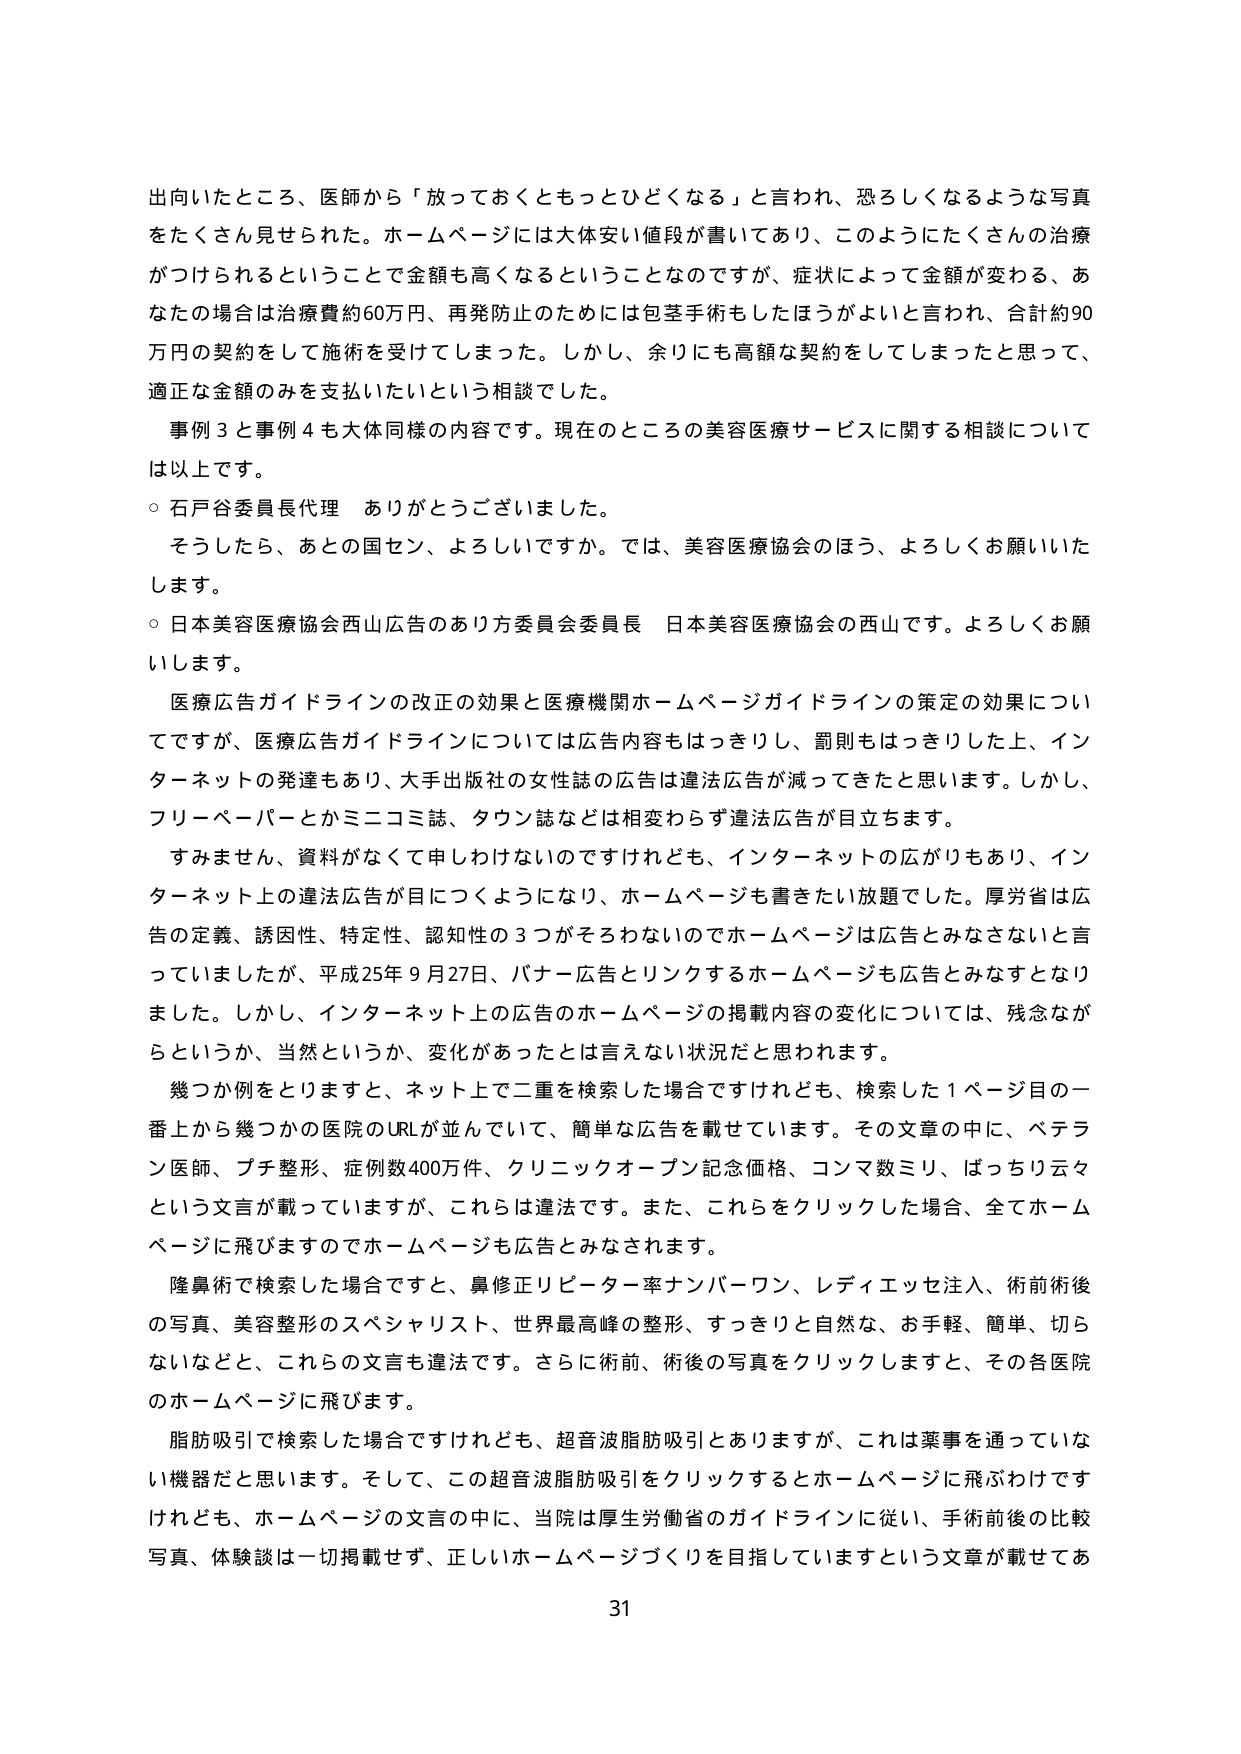
出向いたところ、医師から「放っておくともっとひどくなる」と言われ、恐ろしくなるような写真をたくさん見せられた。ホームページには大体安い値段が書いてあり、このようにたくさんの治療がつけられるということで金額も高くなるということのですが、症状によって金額が変わる、あなたの場合は治療費約60万円、再発防止のためには包茎手術もしたほうがよいと言われ、合計約90万円の契約をして施術を受けてしまった。しかし、余りにも高額な契約をしてしまったと思って、適正な金額のみを支払いたいという相談でした。

事例3と事例4も大体同様の内容です。現在のところの美容医療サービスに関する相談については以上です。

○ 石戸谷委員長代理　ありがとうございました。

そうしたら、あとの国セン、よろしいですか。では、美容医療協会のほう、よろしくお願いいたします。

○ 日本美容医療協会西山広告のあり方委員会委員長　日本美容医療協会の西山です。よろしくお願いします。

医療広告ガイドラインの改正の効果と医療機関ホームページガイドラインの策定の効果についてですが、医療広告ガイドラインについては広告内容もはっきりし、罰則もはっきりした上、インターネットの発達もあり、大手出版社の女性誌の広告は違法広告が減ってきたと思います。しかし、フリーペーパーとかミニコミ誌、タウン誌などは相変わらず違法広告が目立ちます。

すみません、資料がなくて申しわけないのですがけれども、インターネットの広がりもあり、インターネット上の違法広告が目につくようになり、ホームページも書きたい放題でした。厚労省は広告の定義、誘因性、特定性、認知性の3つがそろわないのでホームページは広告とみなさないと言っていましたが、平成25年9月27日、バナー広告とリンクするホームページも広告とみなすとなりました。しかし、インターネット上の広告のホームページの掲載内容の変化については、残念ながらというか、当然というか、変化があったとは言えない状況だと思われます。

幾つか例をとりまると、ネット上で二重を検索した場合ですけれども、検索した1ページ目の一番上から幾つかの医院のURLが並んでいて、簡単な広告を載せています。その文章の中に、ベテラン医師、プチ整形、症例数400万件、クリニックオープン記念価格、コンマ数ミリ、ばっちり云々という文言が載っていますが、これらは違法です。また、これらをクリックした場合、全てホームページに飛びますのでホームページも広告とみなされます。

隆鼻術で検索した場合ですと、鼻修正リピーター率ナンバーワン、レディエッセ注入、術前術後の写真、美容整形のスペシャリスト、世界最高峰の整形、すっきりと自然な、お手軽、簡単、切らないなどと、これらの文言も違法です。さらに術前、術後の写真をクリックしますと、その各医院のホームページに飛びます。

脂肪吸引で検索した場合ですけれども、超音波脂肪吸引とありますが、これは薬事を通っていない機器だと思います。そして、この超音波脂肪吸引をクリックするとホームページに飛ぶわけですがけれども、ホームページの文言の中に、当院は厚生労働省のガイドラインに従い、手術前後の比較写真、体験談は一切掲載せず、正しいホームページづくりを目指していますという文章が載せてあ

31